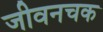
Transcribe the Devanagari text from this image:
जीवनचक